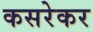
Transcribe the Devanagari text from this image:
कसरेकर